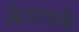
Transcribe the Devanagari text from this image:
मेडलने